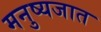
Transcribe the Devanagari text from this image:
मनुष्यजात